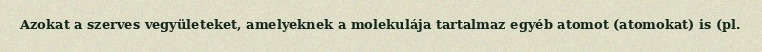
Azokat a szerves vegyületeket, amelyeknek a molekulája tartalmaz egyéb atomot (atomokat) is (pl.